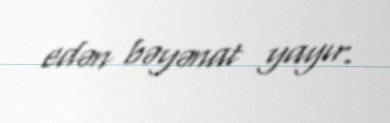
edən bəyənat yayır.